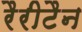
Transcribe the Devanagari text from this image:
रैरीटैन